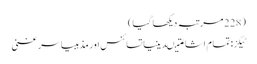
(228 مرتبہ دیکھا گیا)
ٹیگز: تمام اشاعتیںدینیاتسائنس اور مذہبیاسر غنی